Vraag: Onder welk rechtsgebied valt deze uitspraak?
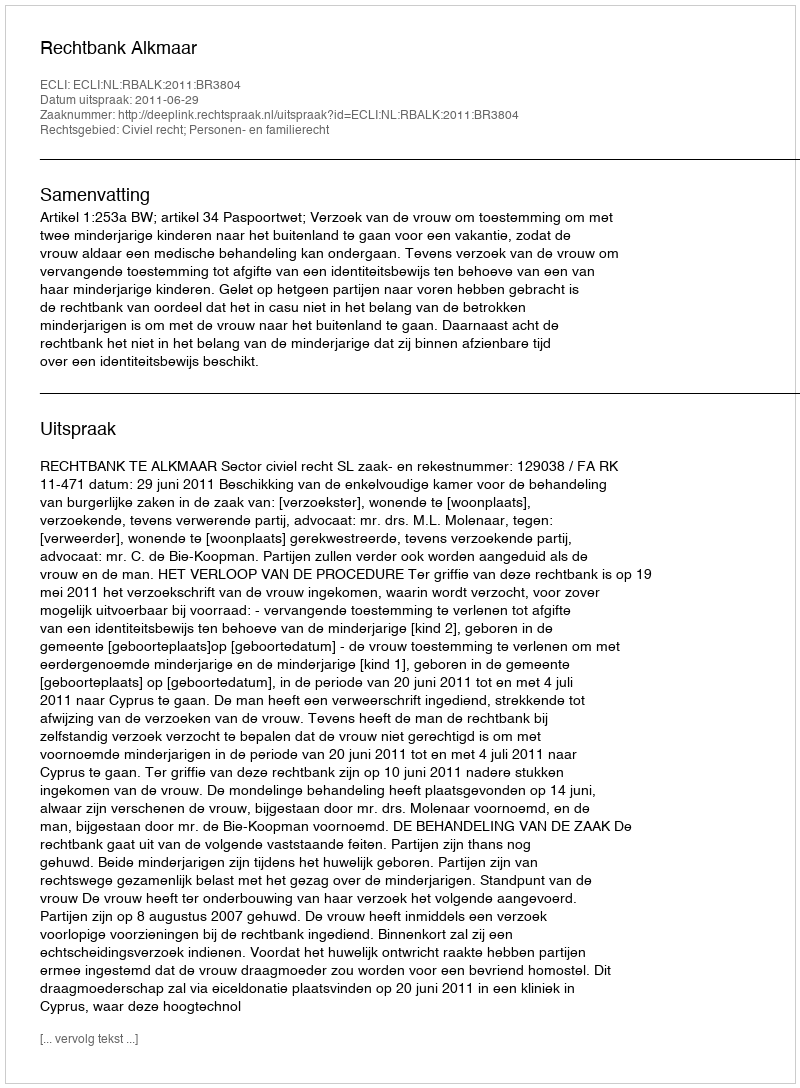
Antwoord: Civiel recht; Personen- en familierecht